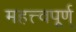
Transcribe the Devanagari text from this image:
महत्त्वपूर्ण्